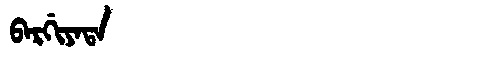
Manchu: ᠪᠠᡵᡤᡳᠶᠠᡨᠠ
Romanization: BARGIYATA